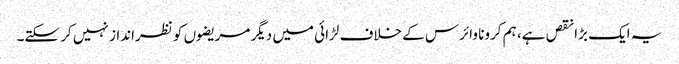
یہ ایک بڑا نقص ہے، ہم کرونا وائرس کے خلاف لڑائی میں دیگر مریضوں کو نظرانداز نہیں کر سکتے۔